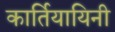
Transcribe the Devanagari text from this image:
कार्तियायिनी